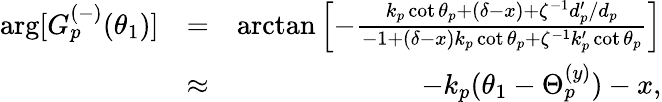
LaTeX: \begin{array}{rlr}{\arg[G_{p}^{(-)}(\theta_{1})]}&{=}&{\arctan\left[-\frac{k_{p}\cot\theta_{p}+\left(\delta-x\right)+\zeta^{-1}d_{p}^{\prime}/d_{p}}{-1+\left(\delta-x\right)k_{p}\cot\theta_{p}+\zeta^{-1}k_{p}^{\prime}\cot\theta_{p}}\right]}\\ &{\approx}&{-k_{p}(\theta_{1}-\Theta_{p}^{(y)})-x,}\end{array}